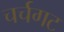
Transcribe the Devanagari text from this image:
चर्चगट